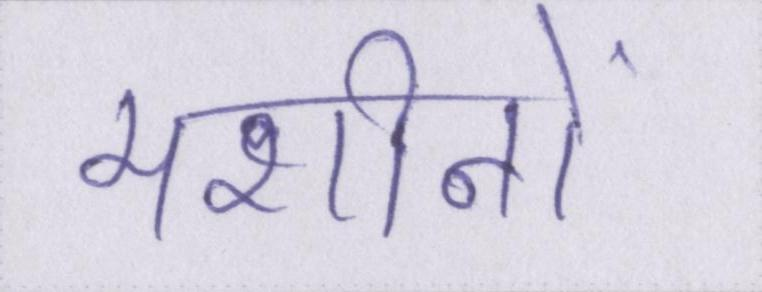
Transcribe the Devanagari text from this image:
मशीनों